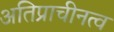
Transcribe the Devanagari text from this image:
अतिप्राचीनत्व